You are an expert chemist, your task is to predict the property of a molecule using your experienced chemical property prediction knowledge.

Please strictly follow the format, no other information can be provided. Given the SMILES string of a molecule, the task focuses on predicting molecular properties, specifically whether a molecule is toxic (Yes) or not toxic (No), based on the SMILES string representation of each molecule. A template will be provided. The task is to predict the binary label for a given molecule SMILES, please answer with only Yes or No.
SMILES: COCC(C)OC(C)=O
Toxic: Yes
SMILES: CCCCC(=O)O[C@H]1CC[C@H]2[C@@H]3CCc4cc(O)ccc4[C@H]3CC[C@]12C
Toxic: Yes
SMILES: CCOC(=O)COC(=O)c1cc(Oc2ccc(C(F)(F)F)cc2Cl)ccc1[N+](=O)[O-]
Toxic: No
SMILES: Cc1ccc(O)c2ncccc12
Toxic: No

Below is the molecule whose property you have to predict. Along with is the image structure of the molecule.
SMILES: CC(=O)Nc1ccccc1
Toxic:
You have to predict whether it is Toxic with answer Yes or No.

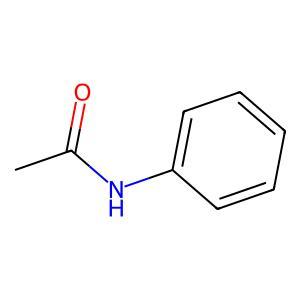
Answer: No